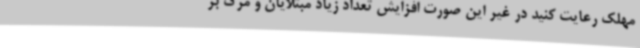
مهلک رعایت کنید در غیر این صورت افزایش تعداد زیاد مبتلایان و مرگ بر